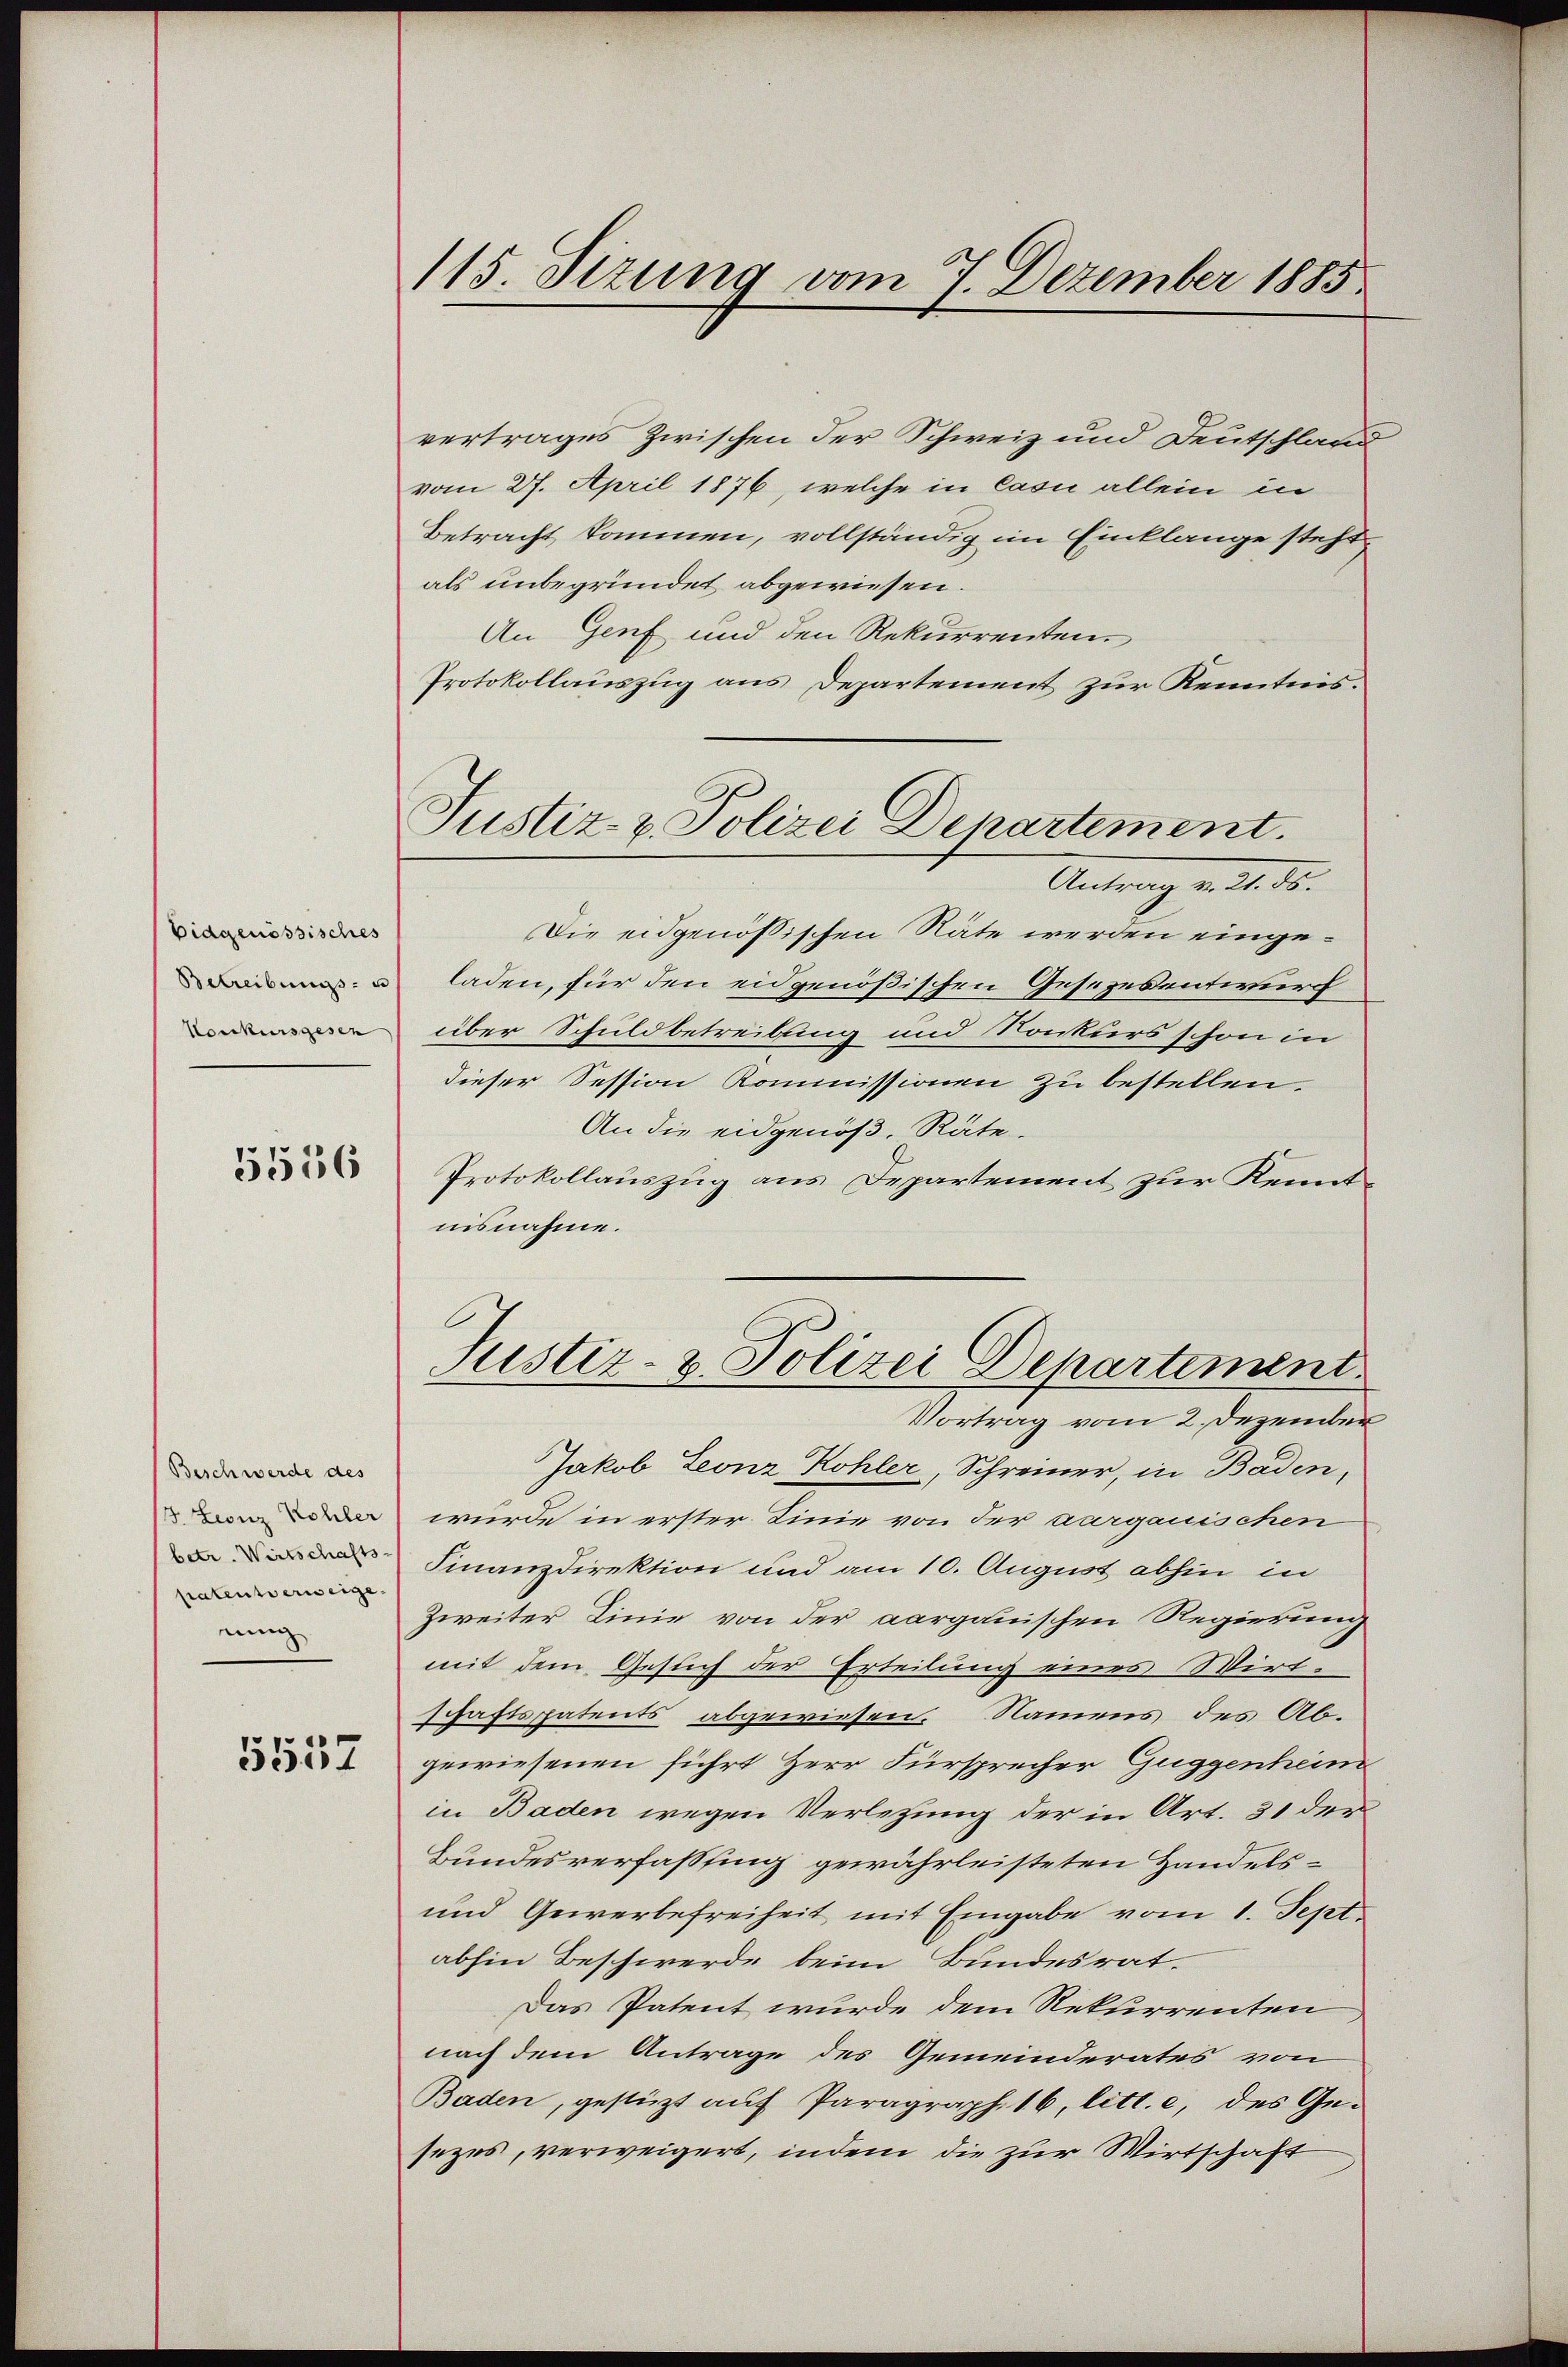
Eidgenössisches
Betreibungs- u
Konkursgesen

5556

Beschwerde des
J. Leonz Kohler
betr. Wirtschafts
patentverweige,
nung

5557

115. Sizung vom 7. Dezember 1885.

Justiz- & Polizei Departement.

vertrages Zwischen der Schweiz und Deutschland
vom 27. April 1876, welche in Casi allein in
Betracht kommen, vollständig im Einklange steht
als unbegründet abgewiesen.
An Genf und den Rekurrenten.
Protokollauszug aus Departement zur Kenntnis-
Antrag v. 21. ds.
Die eidgenössischen Räte werden eingeladen, für den eidgenößischen Gesezesentwurf
über Schuldbetreibung und Konkurs schon in
dieser Session Kommissionen zu bestellen.
An die eidgenöß, Räte.
Protokollauszug aus Departement zur Kenntnisnahme.
Justiz- & Polizei Departement
Vortrag vom 2. Dezember
Jakob Leonz Kohler, Schreiner, in Baden,
wurde in erster Linie von der aargauischen
Finanzdirektion und am 10. August abhin in
Zweiter Linie von der aargauischen Regierung
mit dem Gesuch der Erteilung eines Wirt-
schaftspatents abgewiesen. Namens des Abgewiesenen führt Herr Fürsprecher Guggenheim
in Baden wegen Verletzung der in Art. 31 der
Bundesverfassung gewährleisteten Handels¬
und Gewerbefreiheit mit Eingabe vom 1. Sept.
abhin Beschwerde beim Bundesrat.
Das Patent wurde dem Rekurrenten
nach dem Antrage des Gemeinderates von
Baden, gestützt auf Paragraph. 16, litt. e, des Gesezes, verweigert, indem die zur Wirtschaft